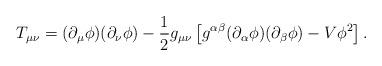
LaTeX: \begin{align*}T_{\mu\nu} = (\partial_\mu\phi)(\partial_\nu\phi) - \frac{1}{2} g_{\mu\nu}\left[g^{\alpha\beta}(\partial_\alpha\phi)(\partial_\beta\phi)- V \phi^2 \right].\end{align*}